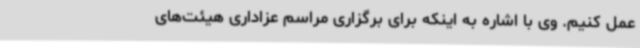
عمل کنیم. وی با اشاره به اینکه برای برگزاری مراسم عزاداری هیئت‌های